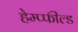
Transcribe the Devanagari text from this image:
हेम्प्फील्ड